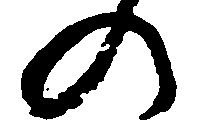
の